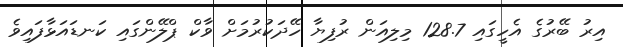
އިރު ބޭރުގެ އެހީގައި 128.7 މިލިއަން ރުފިޔާ ހޭދަކުރުމަށް ވާކް ޕްލޭންގައި ކަނޑައަޅާފައިވެ